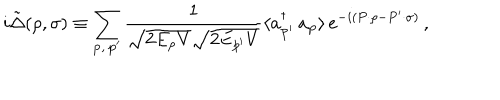
LaTeX: i \tilde { \Delta } ( \rho , \sigma ) \equiv \sum _ { { \bf p } , \, { \bf p } ^ { \prime } } \frac { 1 } { \sqrt { 2 E _ { p } V } \sqrt { 2 E _ { p ^ { \prime } } V } } \langle a _ { { \bf p } ^ { \prime } } ^ { \dagger } \, a _ { \bf p } \rangle \, e ^ { - i ( P \cdot \rho - P ^ { \prime } \cdot \sigma ) } \, ,